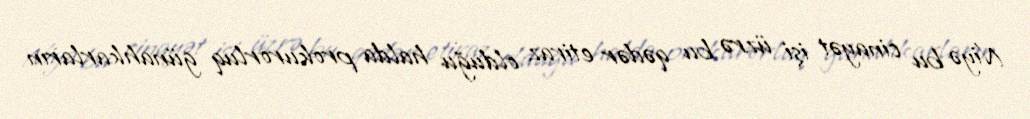
Niyə bu cinayət işi üzrə bu qədər etiraz olduğu halda prokurorluq günahkarların